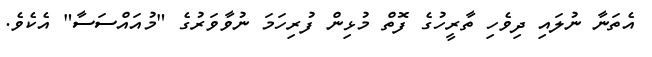
އެތަނާ ނުލައި ދިވެހި ތާރީހުގެ ފޮތް މުޅިން ފުރިހަމަ ނުވާވަރުގެ "މުއައްސަސާ" އެކެވެ.